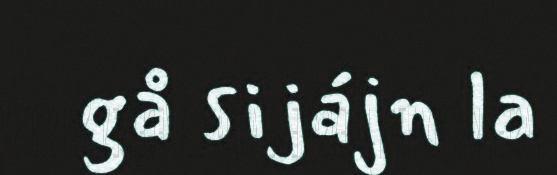
gå sijájn la